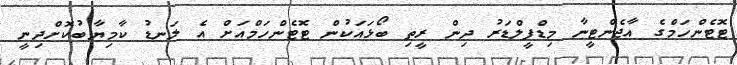
ޓޮޓެންހަމްގެ އާޖެންޓީނާ މިޑްފީލްޑަރު ދިން ރީތި ބޯޅައަކުން ޓޮޓެންހަމްއަށް އެ ލަނޑު ކާމިޔާބުކޮށްދިނީ